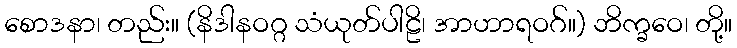
စောဒနာ၊ တည်း။ (နိဒါနဝဂ္ဂ သံယုတ်ပါဠိ၊ အာဟာရဝဂ်။) ဘိက္ခဝေ၊ တို့။